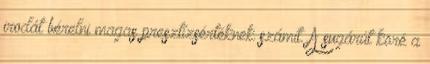
irodát bérelni magas presztízsértéknek számít. A sugárút köré a